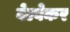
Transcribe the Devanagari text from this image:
बेल्वेकर